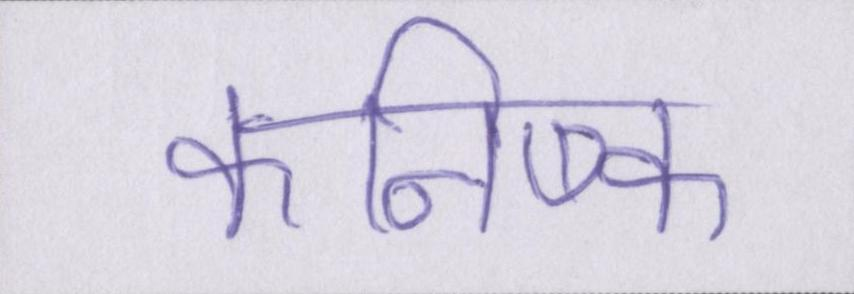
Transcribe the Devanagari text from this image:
कनिष्क